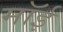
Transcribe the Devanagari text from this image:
मॉई